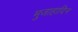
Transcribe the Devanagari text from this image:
मुजाहादिन